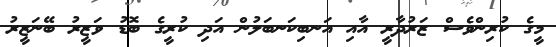
މީގެ ކުރިންވެސް ޒަރުދާރީ އާއި އަނބިކަނބަލުން އަދި ކުރީގެ ބޮޑު ވަޒީރު ބޭނަޒީރު